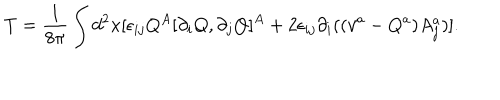
LaTeX: T = \frac { 1 } { 8 \pi } \int d ^ { 2 } x [ \epsilon _ { i j } Q ^ { A } [ \partial _ { i } Q , \partial _ { j } Q ] ^ { A } + 2 \epsilon _ { i j } \partial _ { i } ( ( v ^ { a } - Q ^ { a } ) A _ { j } ^ { a } ) ] .